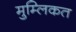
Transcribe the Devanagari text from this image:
मुम्लिकत